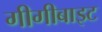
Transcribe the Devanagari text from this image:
गीगीबाइट